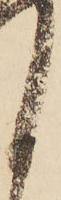
く